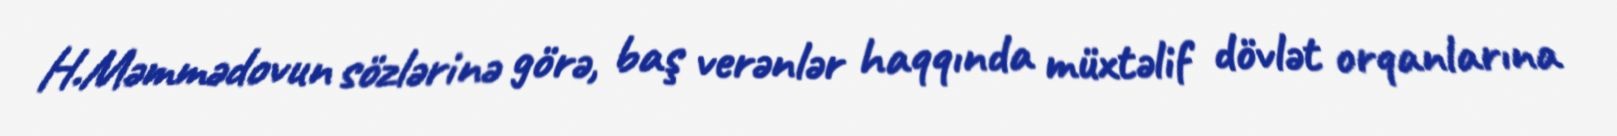
H.Məmmədovun sözlərinə görə, baş verənlər haqqında müxtəlif dövlət orqanlarına